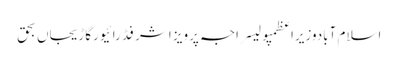
اسلام آبادوزیراعظمپولیسراجہ پرویز اشرفڈرائیورگاڑیجاں بحق